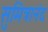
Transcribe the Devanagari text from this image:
सुमित्रानंद